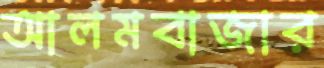
আলমবাজার